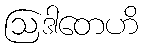
ဩဒါတေဟိ